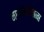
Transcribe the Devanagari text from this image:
नाथपंथीयांना